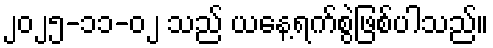
၂၀၂၅-၁၁-၀၂ သည် ယနေ့ရက်စွဲဖြစ်ပါသည်။